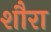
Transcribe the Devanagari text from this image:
शौरा